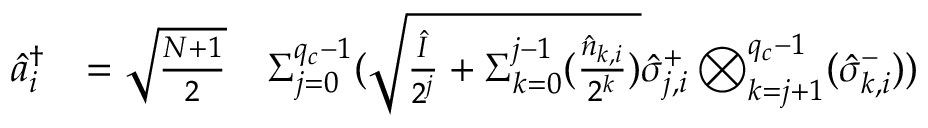
\begin{array} { r l r } { \hat { a } _ { i } ^ { \dagger } } & { = \sqrt { \frac { N + 1 } { 2 } } } & { { \Sigma } _ { j = 0 } ^ { q _ { c } - 1 } ( \sqrt { \frac { \hat { I } } { 2 ^ { j } } + { \Sigma } _ { k = 0 } ^ { j - 1 } ( \frac { \hat { n } _ { k , i } } { 2 ^ { k } } ) } \hat { \sigma } _ { j , i } ^ { + } \bigotimes _ { k = j + 1 } ^ { q _ { c } - 1 } ( \hat { \sigma } _ { k , i } ^ { - } ) ) } \end{array}